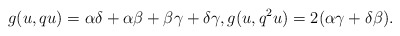
\begin{align*}g(u,qu)= \alpha\delta+\alpha\beta+\beta\gamma+\delta\gamma,g(u, q^{2}u)=2(\alpha\gamma+\delta\beta).\end{align*}